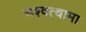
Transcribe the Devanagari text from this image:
अश्‍वत्थामा